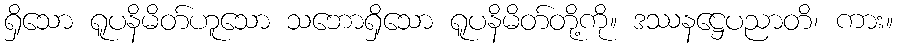
ရှိသော ရူပနိမိတ်ဟူသော သဘောရှိသော ရူပနိမိတ်တို့ကို။ ဒဿနဋ္ဌေပညာတိ၊ ကား။